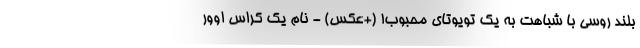
بلند روسی با شباهت به یک تویوتای محبوب! (+عکس) - نام یک کراس اوور